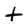
Character: t